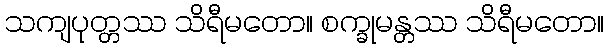
သကျပုတ္တဿ သိရီမတော။ စက္ခုမန္တဿ သိရီမတော။